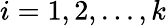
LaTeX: i=1,2,...,k